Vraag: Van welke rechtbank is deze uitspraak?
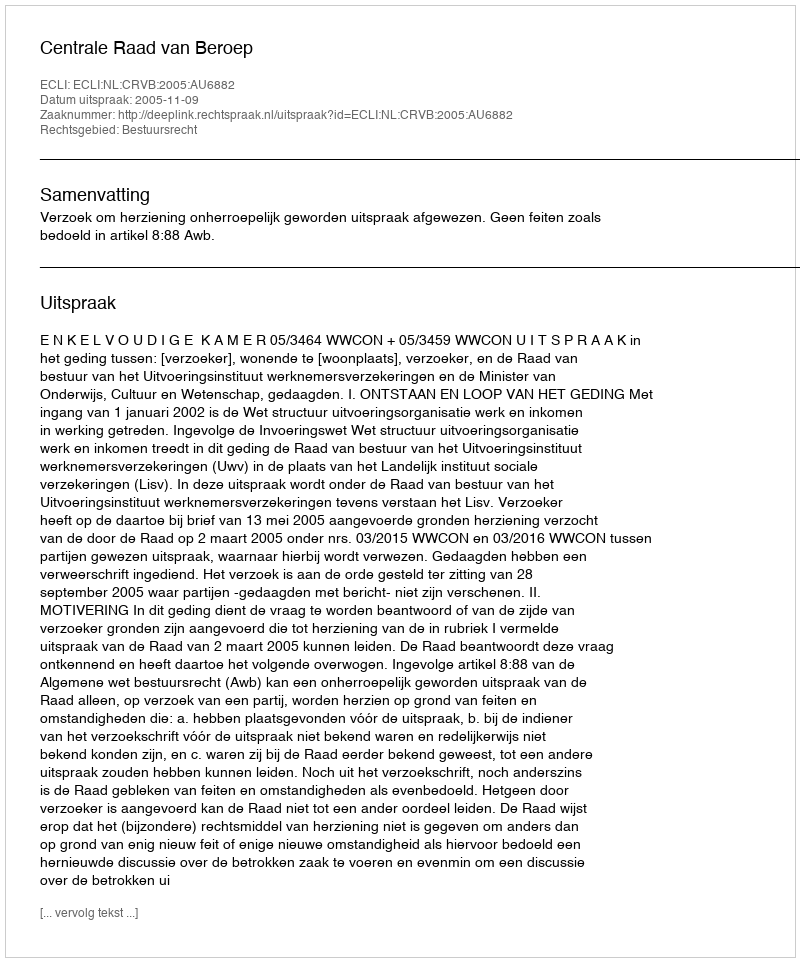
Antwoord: Centrale Raad van Beroep